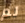
لم